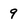
Character: 9